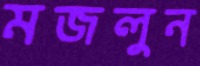
মজলুন